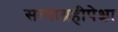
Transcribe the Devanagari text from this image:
सत्याग्रहीपेक्षा